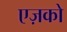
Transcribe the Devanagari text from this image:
एज़को